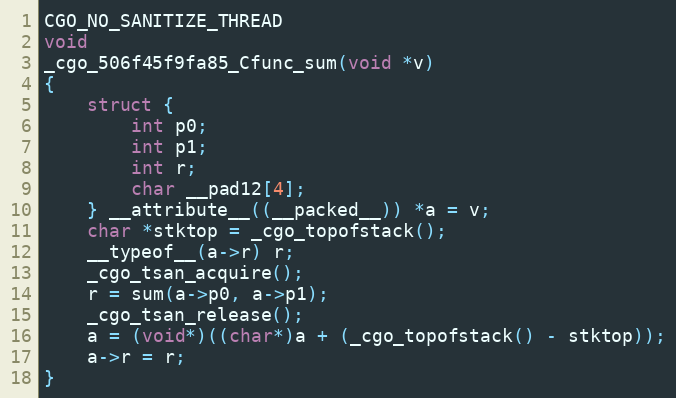
Language: C
CGO_NO_SANITIZE_THREAD
void
_cgo_506f45f9fa85_Cfunc_sum(void *v)
{
	struct {
		int p0;
		int p1;
		int r;
		char __pad12[4];
	} __attribute__((__packed__)) *a = v;
	char *stktop = _cgo_topofstack();
	__typeof__(a->r) r;
	_cgo_tsan_acquire();
	r = sum(a->p0, a->p1);
	_cgo_tsan_release();
	a = (void*)((char*)a + (_cgo_topofstack() - stktop));
	a->r = r;
}